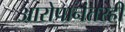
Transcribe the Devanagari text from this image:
आरोपानंतरही